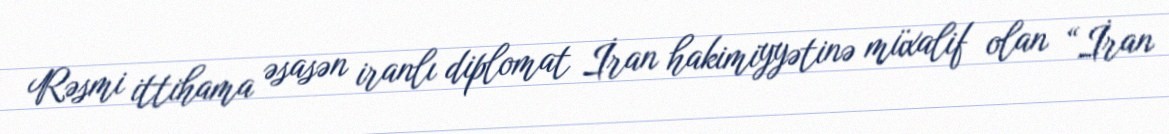
Rəsmi ittihama əsasən iranlı diplomat İran hakimiyyətinə müxalif olan “İran